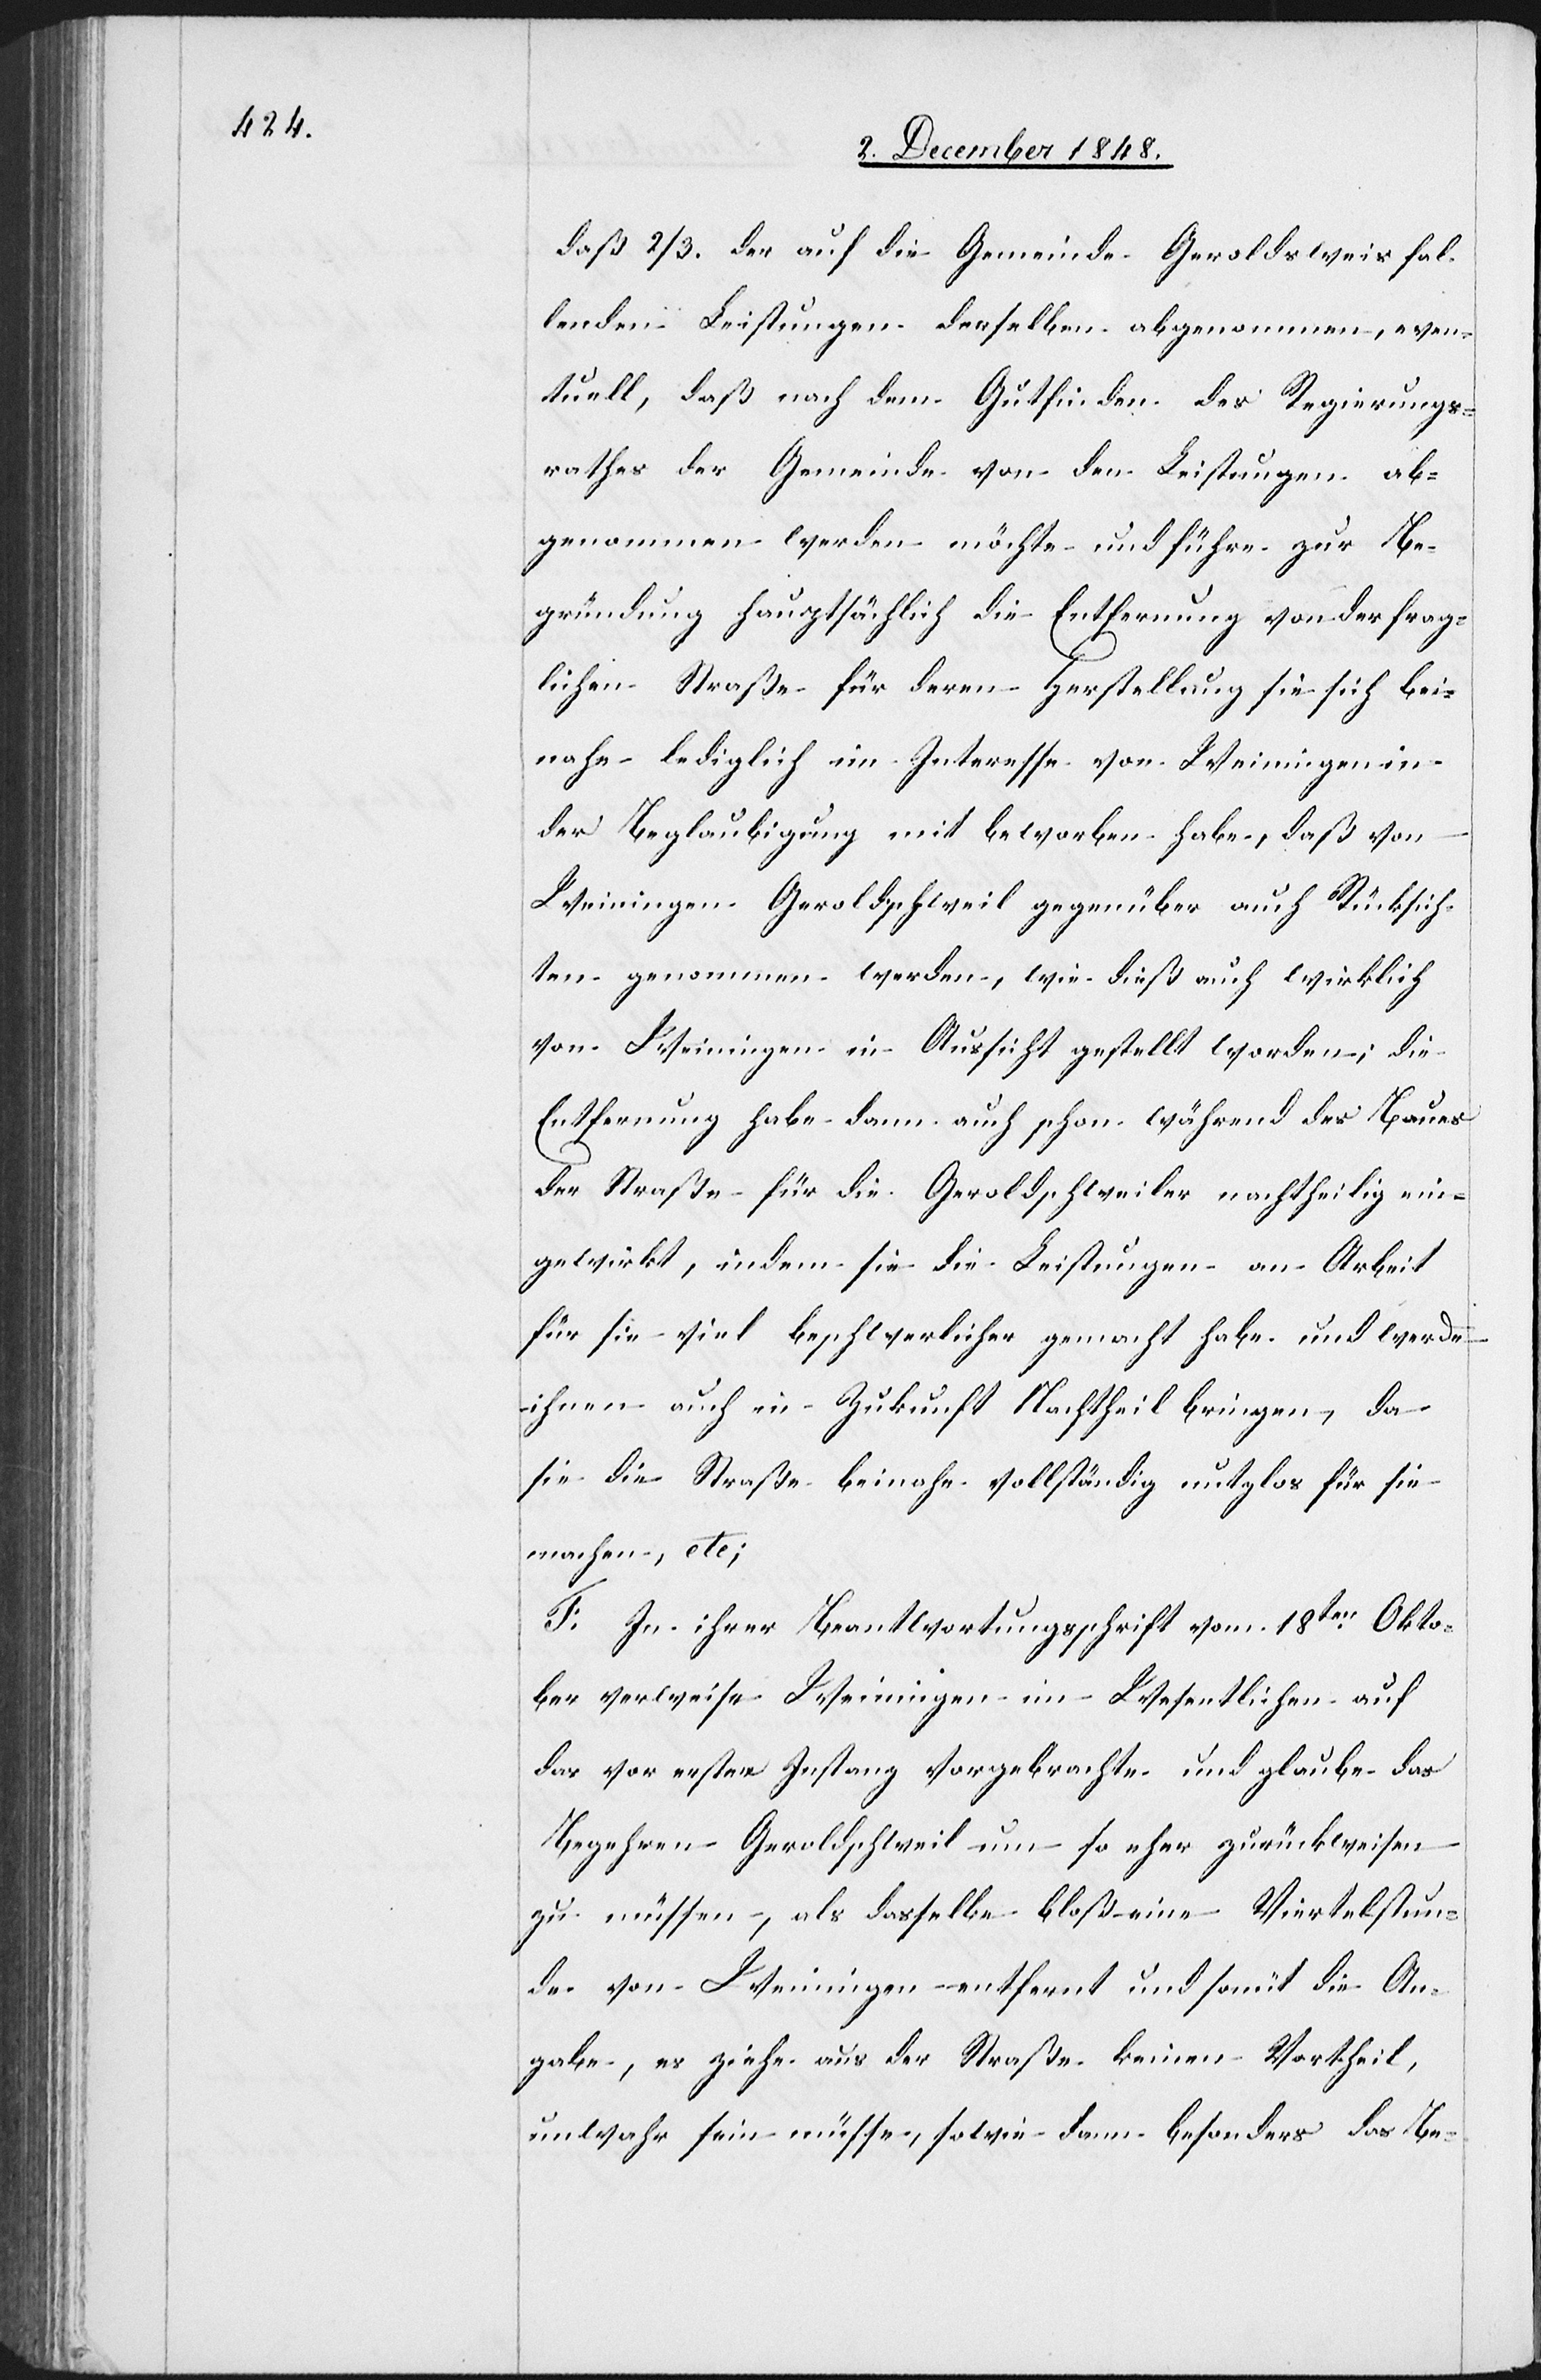
daß 2/3. der auf die Gemeinde Geroldsweis
fallenden Leistungen derselben abgenommen, even¬
tuell, daß nach dem Gutfinden des Regierungs¬
rathes der Gemeinde von den Leistungen ab¬
genommen werden möchte und führe zur Be¬
gründung hauptsächlich die Entfernung von der frag¬
lichen Straße für deren Herstellung sie sich bei¬
nahe lediglich im Interesse von Weiningen in
der Beglaubigung mit beworben habe, daß von
Weiningen Geroldschweil gegenüber auch Rücksich¬
ten genommen werden, wie dieß auch wirklich
von Weiningen in Aussicht gestellt worden; die
Entfernung habe dann auch schon während des Baues
der Straße für die Geroldschweiler nachtheilig ein¬
gewirkt, indem sie die Leistungen an Arbeit
für sie viel beschwerlicher gemacht habe und werde
ihnen auch in Zukunft Nachtheil bringen, da
sie die Straße beinahe vollständig nutzlos für sie
machen, etc;
F. In ihrer Beantwortungsschrift vom 18ten Okto¬
ber verweise Weiningen im Wesentlichen auf
das vor erster Instanz vorgebrachte und glaube das
Begehren Geroldschweil um so eher zurückweisen
zu müssen, als dasselbe bloß eine Viertelstun¬
de von Weiningen entfernt und somit die An¬
gabe, es ziehe aus der Straße keinen Vortheil,
unwahr sein müsse, sowie dann besonders das Be-